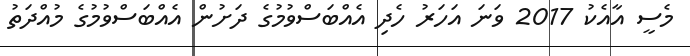
މެސީ އާއެކު 2017 ވަނަ އަހަރު ހެދި އެއްބަސްވުމުގެ ދަށުން އެއްބަސްވުމުގެ މުއްދަތު